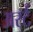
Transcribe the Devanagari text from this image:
अर्स्ट